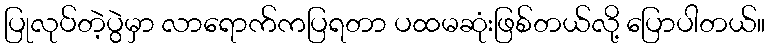
ပြုလုပ်တဲ့ပွဲမှာ လာရောက်ကပြရတာ ပထမဆုံးဖြစ်တယ်လို့ ပြောပါတယ်။